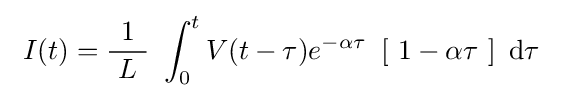
\ I(t)={\frac {1}{\ L\ }}\ \int _{0}^{t}V(t-\tau )e^{-\alpha \tau }\ \left[\ 1-\alpha \tau \ \right]\ \mathrm {d} \tau \